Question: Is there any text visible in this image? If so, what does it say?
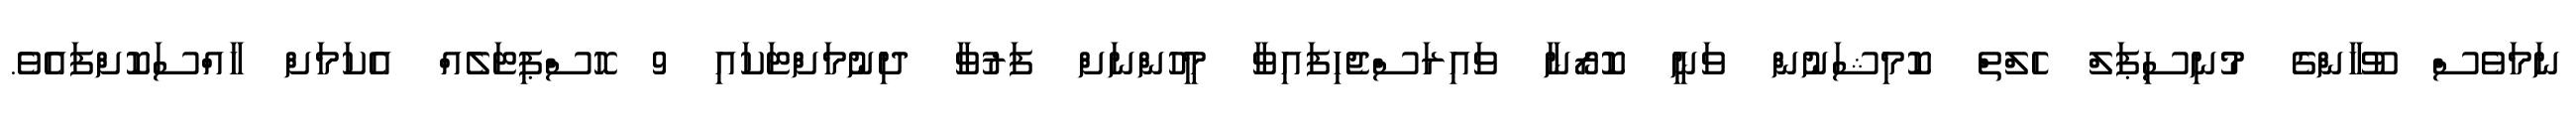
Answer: ނަމަވެސް ވޫހާންގެ މުނިސިޕަލް ހެލްތް ކޮމިޝަނުން ވަނީ ކޮރޯނާ ވައިރަސްޖެހިފައިވާ މީހުންނަށް ފަރުވާ ދިނުމަށްޓަކައި 9 ހޮސްޕިޓަލެއް އެކަމަށް ހާއްސަކޮށްފައެވެ.